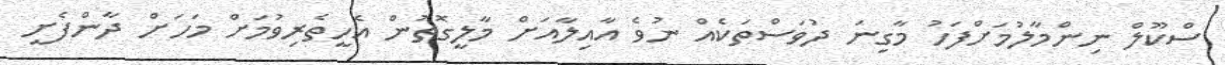
ސްކޫލް ނިންމާލުމަށްފަހު މާގިނަ ދުވަސްތަކެއް ނުވެ އާއިލާއަށް މާލީގޮތުން އެހީތެރިވުމަށް މަހަށް ދާންފެށީ